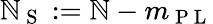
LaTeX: \mathbb{N}_{\mathrm{{~S~}}}:=\mathbb{N}-m_{\mathrm{{~P~L~}}}